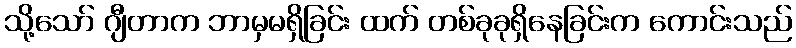
သို့သော် ဂျီတာက ဘာမှမရှိခြင်း ထက် တစ်ခုခုရှိနေခြင်းက ကောင်းသည်